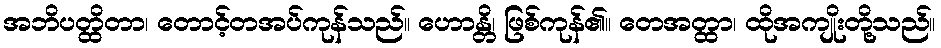
အဘိပတ္ထိတာ၊ တောင့်တအပ်ကုန်သည်။ ဟောန္တိ၊ ဖြစ်ကုန်၏။ တေအတ္ထာ၊ ထိုအကျိုးတို့သည်။